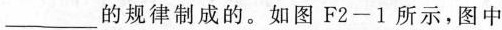
___的规律制成的。如图F2-1所示，图中